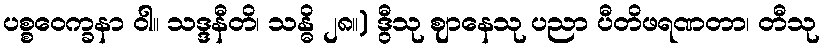
ပစ္စဝေက္ခနာ ဝါ။ သဒ္ဒနီတိ၊ သန္ဓိ ၂၈။) ဒွီသု ဈာနေသု ပညာ ပီတိဖရဏတာ၊ တီသု